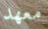
معهد